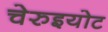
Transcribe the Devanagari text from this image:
चेरुइयोट